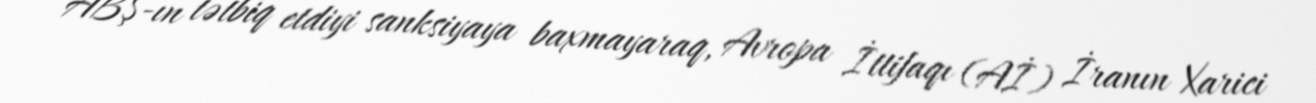
ABŞ-ın tətbiq etdiyi sanksiyaya baxmayaraq, Avropa İttifaqı (Aİ) İranın Xarici